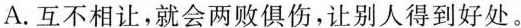
A.互不相让，就会两败俱伤，让别人得到好处。